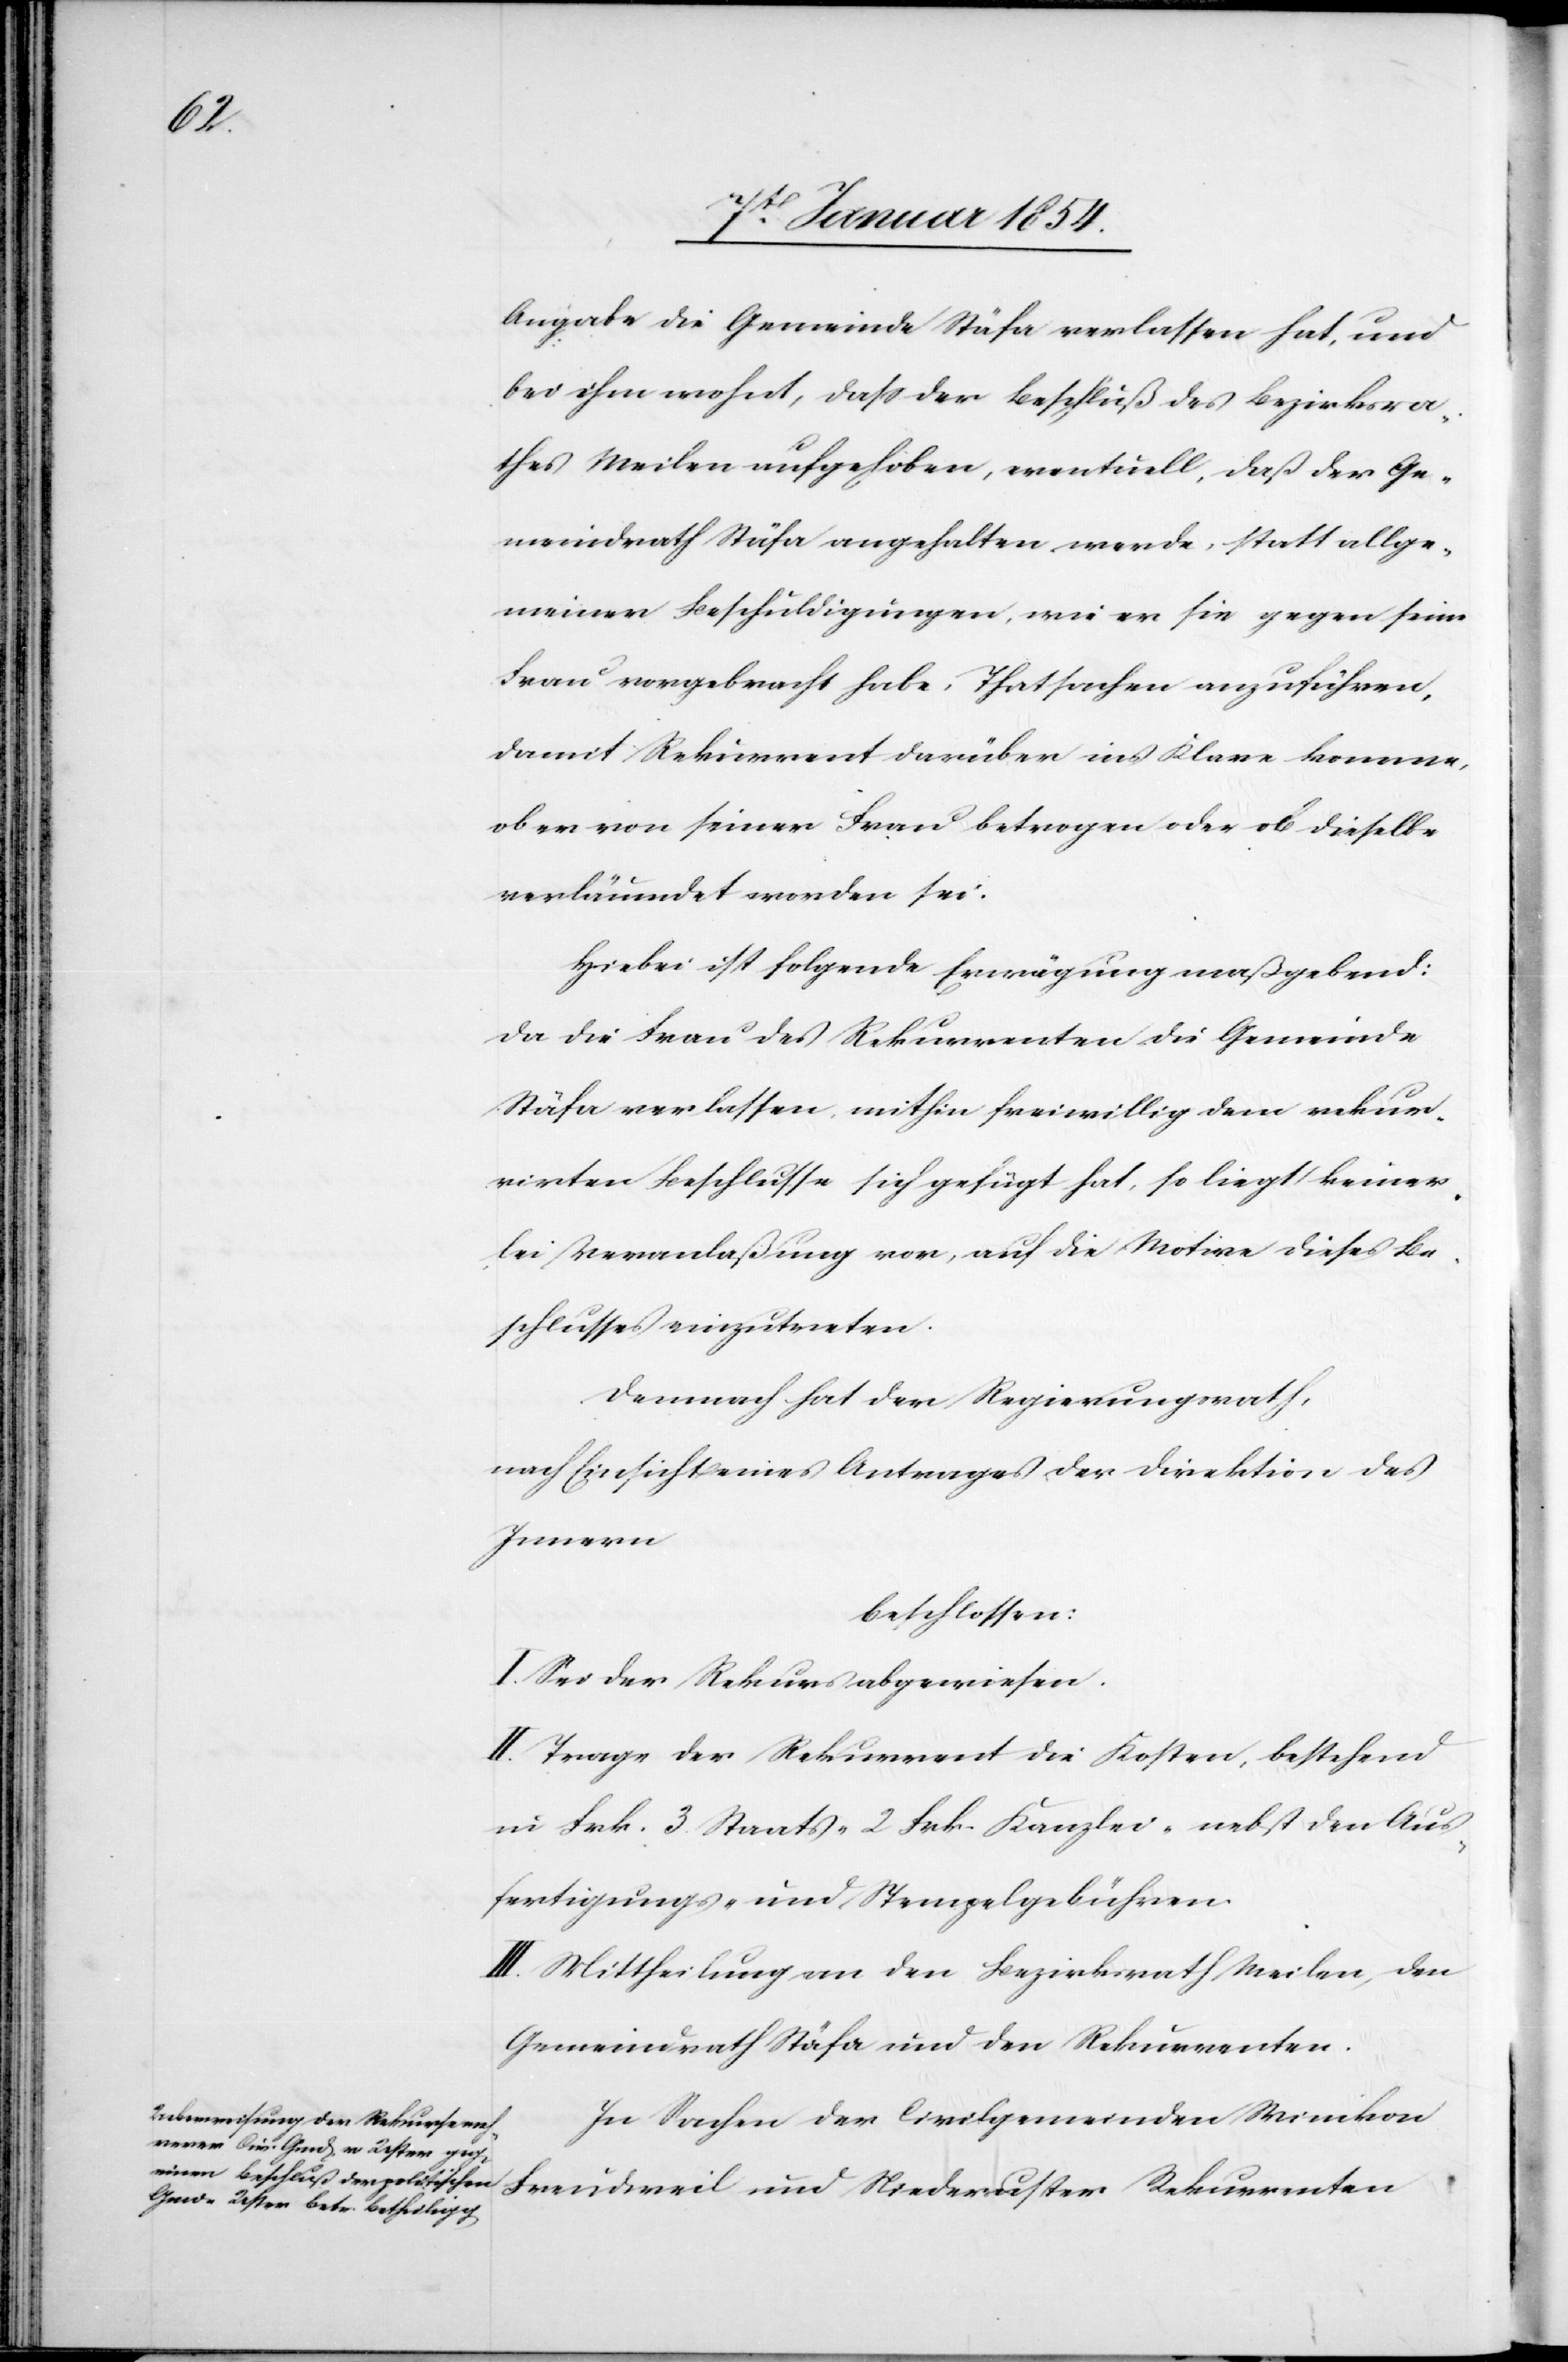
Angabe die Gemeinde Stäfa verlassen hat, und
bei ihm wohnt, daß der Beschluß des Bezirksra¬
thes Meilen aufgehoben, materiall, daß der Ge¬
meindrath Stäfa angehalten werde, statt allge¬
meiner Beschuldigungen, wie er sie gegen seine
Frau vorgebracht habe, Thatsachen anzuführen,
damit Rekurrent darüber ins Klare komme,
ob er von seiner Frau betrogen oder ob dieselbe
verläumdet worden sei.
Hiebei ist folgende Erwägung maßgebend:
da die Frau des Rekurrenten die Gemeinde
Stäfa verlassen, mithin freiwillig dem rekur¬
rirten Beschlusse sich gefügt hat, so liegt keiner¬
lei Veranlaßung vor, auf die Motive dieses Be¬
schlusses einzutreten.
Demnach hat der Regierungsrath,
nach Einsicht eines Antrages der Direktion des
Innern
beschlossen:
I. Sei der Rekurs abgewiesen.
II. Trage der Rekurrent die Kosten, bestehend
in Frk. 3 Staats-[,] 2 Frk. Kanzlei-[,] nebst den Aus¬
fertigungs- und Stempelgebühren.
III. Mittheilung an den Bezirksrath Meilen, den
Gemeindrath Stäfa und den Rekurrenten.
In Sachen der Civilgemeinden Winikon
Freudweil und Niederuster Rekurrenten